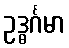
ဥဒ္ဓင်္ဂမာ